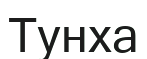
Тунха